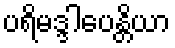
ပရိမဒ္ဒါပေန္တိယာ